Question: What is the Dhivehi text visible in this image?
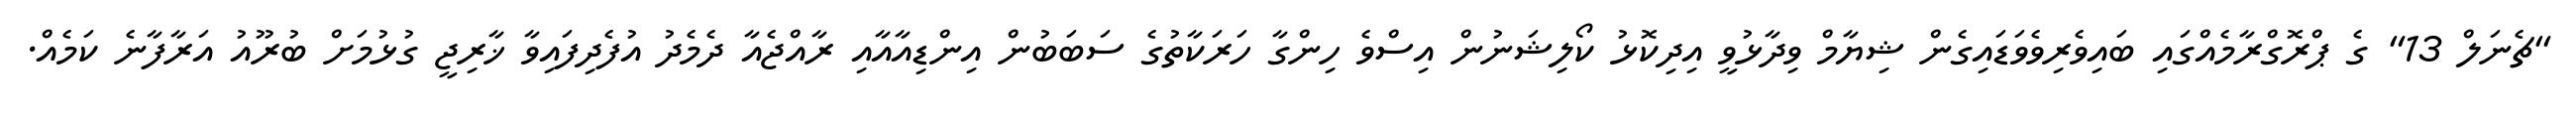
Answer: "ޗެނަލް 13" ގެ ޕްރޮގްރާމެއްގައި ބައިވެރިވެވަޑައިގެން ޝިޔާމް ވިދާޅުވީ އިދިކޮޅު ކޯލިޝަނުން އިސްވެ ހިންގާ ހަރަކާތުގެ ސަބަބުން އިންޑިއާއާއި ރާއްޖެއާ ދެމެދު އުފެދިފައިވާ ޚާރިޖީ ގުޅުމަށް ބުރޫއު އަރާފާނެ ކަމެއް.